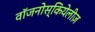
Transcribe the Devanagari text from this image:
वॉजनोस्कियेलीज़